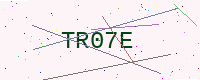
Text: TR07E